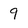
Character: 9